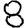
Digit: 8